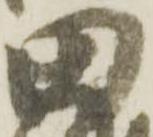
田